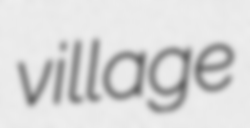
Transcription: village